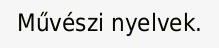
Művészi nyelvek.